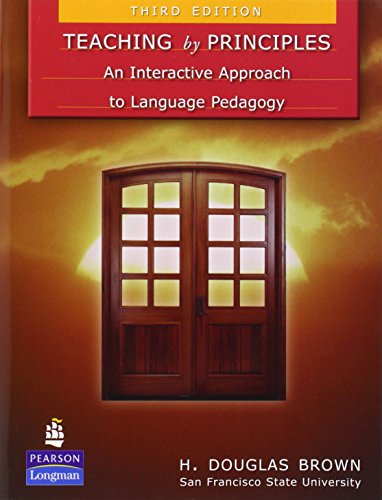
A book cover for Teaching by Principles: An Interactive Approach to Language Pedagogy (3rd Edition); H. Douglas Brown; Politics & Social Sciences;